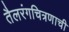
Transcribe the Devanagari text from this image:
तैलरंगचित्रणाची